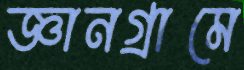
জ্ঞানগ্রামে